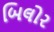
બિલોર